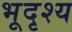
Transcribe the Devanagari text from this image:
भूदृश्‍य